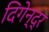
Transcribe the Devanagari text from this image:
दिगेन्द्र